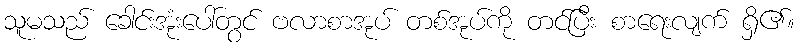
သူမသည် ခေါင်းအုံးပေါ်တွင် ဗလာစာအုပ် တစ်အုပ်ကို တင်ပြီး စာရေးလျက် ရှိ၏။